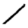
Digit: 1